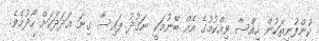
ކުންފުނިތަކުން ހިއްސާ ވިއްކުމުގެ އެއް ބޭނުމަކީ ނަގުދު ފައިސާ ގިނަ ޢަދަދަކަށް ހޯދުމެވެ.